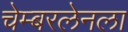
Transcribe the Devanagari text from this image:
चेम्बरलेनला